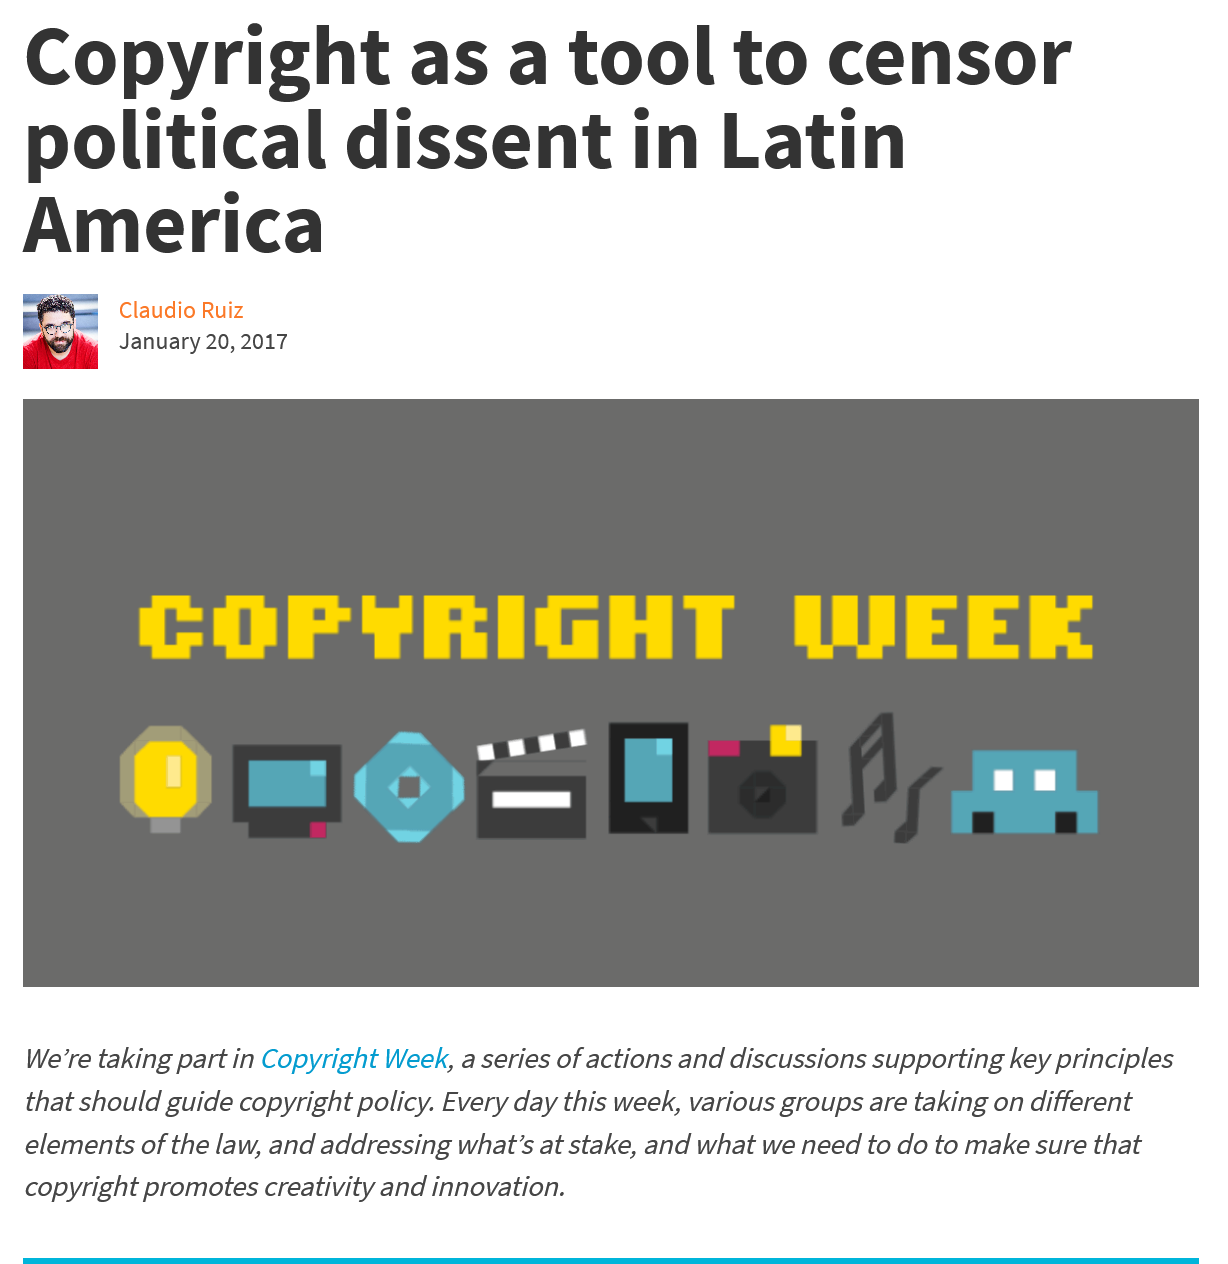
Copyright    as    a   tool    to    censor
   political    dissent    in    Latin
  America
     Claudio Ruiz
     January 20, 2017

     COPYRIGHT    WEEK
     JT    ESL    ee”
   We’re taking part in Copyright Week, a series of actions and discussions supporting key principles
  that should guide copyright policy. Every day this week, various groups are taking on different
  elements of the law, and addressing what’s at stake, and what we need to do to make sure that
  copyright promotes creativity and innovation.